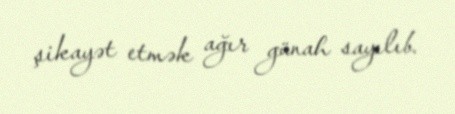
şikayət etmək ağır günah sayılıb.